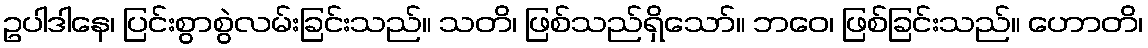
ဥပါဒါနေ၊ ပြင်းစွာစွဲလမ်းခြင်းသည်။ သတိ၊ ဖြစ်သည်ရှိသော်။ ဘဝေ၊ ဖြစ်ခြင်းသည်။ ဟောတိ၊